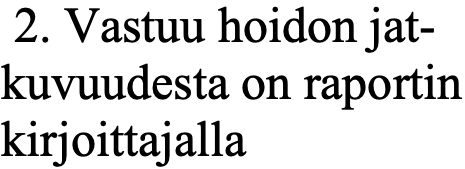
2. Vastuu hoidon jat- kuvuudesta on raportin kirjoittajalla